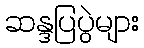
ဆန္ဒပြပွဲများ